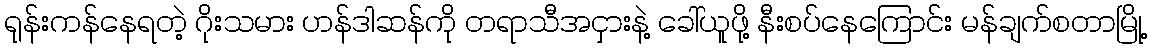
ရုန်းကန်နေရတဲ့ ဂိုးသမား ဟန်ဒါဆန်ကို တရာသီအငှားနဲ့ ခေါ်ယူဖို့ နီးစပ်နေကြောင်း မန်ချက်စတာမြို့